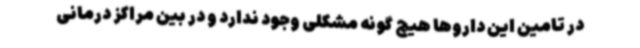
در تامین این داروها هیچ گونه مشکلی وجود ندارد و در بین مراکز درمانی